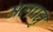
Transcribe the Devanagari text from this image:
मलपत्तु